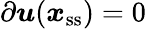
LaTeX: \partial\boldsymbol u(\boldsymbol{x}_{\mathrm{ss}})=0